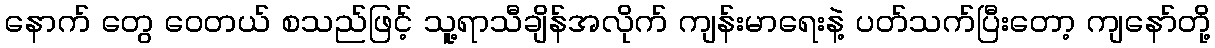
နောက် တွေ ဝေတယ် စသည်ဖြင့် သူ့ရာသီချိန်အလိုက် ကျန်းမာရေးနဲ့ ပတ်သက်ပြီးတော့ ကျနော်တို့